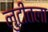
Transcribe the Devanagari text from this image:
लुटीतला